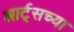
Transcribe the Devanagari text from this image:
आर्ट्‌सच्या